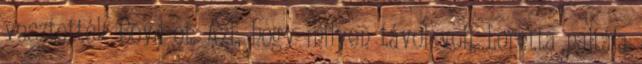
vesztették Boyd-ot. Azt, hogy milyen távol volt Loretta pajtája